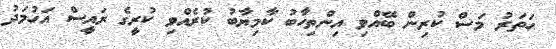
ހަތަރު މަސް ކުރިން ބޭއްވި އިންތިހާބު ކާމިޔާބު ކުރެއްވި ކުރީގެ ރައީސް އަހުމަދު